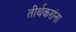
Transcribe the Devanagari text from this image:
तीर्थकरांना